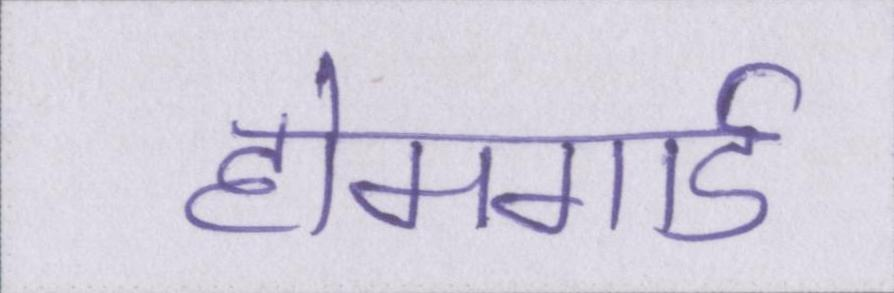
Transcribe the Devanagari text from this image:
होमगार्ड